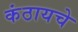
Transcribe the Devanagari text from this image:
कंठायचे